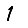
Digit: 1